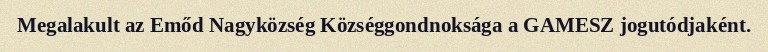
Megalakult az Emőd Nagyközség Községgondnoksága a GAMESZ jogutódjaként.